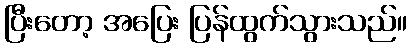
ပြီးတော့ အပြေး ပြန်ထွက်သွားသည်။